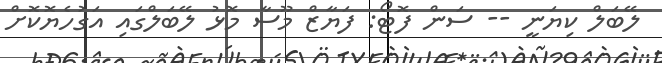
ލޭބަލް ކިޔަނީ -- ސަން ފޮޓޯ: ފަޔާޒް މޫސާ މޮޅު ލޭބަލްގައި އަގުހެޔޮކޮށް